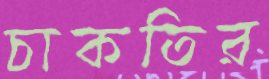
চাকতির